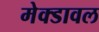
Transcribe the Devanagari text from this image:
मेक्डावल